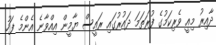
ދާއިރު މިއީ ވެރިކަމުގެ ފުރަތަމަ ދައުރުގައި ރައީސް ޔާމީން އިއްވާނެ އެންމެ ފަހު